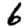
Digit: 6